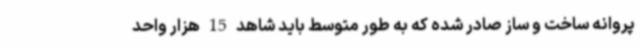
پروانه ساخت و ساز صادر شده که به طور متوسط باید شاهد 15 هزار واحد